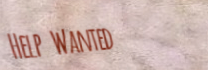
Help Wanted